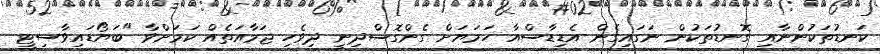
ކަނޑުތަކުންނާއި ގޮނޑުތަކުން ނަގައިގެން އެޑިޑާސްއާ ހަމަޔަށް ގެންގޮސްދިނީ ދިވެހި ޖަމާއަތެއް ކަމަށްވާ "ބަޔޯޑައިވާސިޓީ